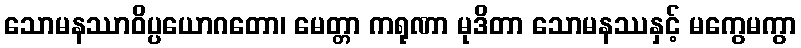
သောမနဿာဝိပ္ပယောဂတော၊ မေတ္တာ ကရုဏာ မုဒိတာ သောမနဿနှင့် မကွေမကွာ